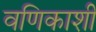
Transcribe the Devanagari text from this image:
वणिकाशी